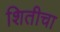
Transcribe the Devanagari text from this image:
शितीचा